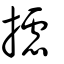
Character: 攄